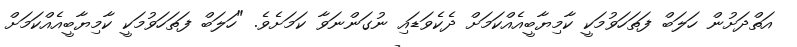
އަތްދަށުން ހަލަބް ފަތަހަވުމަކީ ކާމިޔާބީއެއްކަމަށް ދެކެވަޑައި ނުގަންނަވާ ކަމަށެވެ. "ހަލަބް ފަތަހަވުމަކީ ކާމިޔާބީއެއްކަމަށް